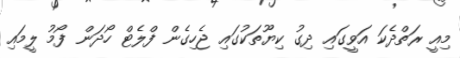
މިއީ ރަތްދެކަ އަވީގައި ދިގު ކިޔޫތަކުގައި ޖެހިގެން ފްލެޓް ހޯދަން ފޯމު ލީމައި